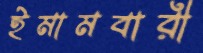
ইমামবারী